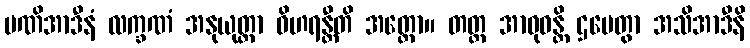
မဏိအာဒီနံ လက္ခဏံ အနုယုတ္တာ ဝိဟရန္တီတိ အတ္ထော။ တတ္ထ အာဝုဓန္တိ ဌပေတွာ အသိအာဒီနိ